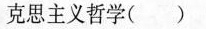
克思主义哲学( )